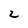
Character: 2